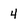
Character: 4